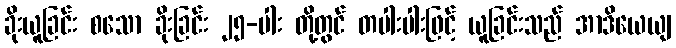
ခိုးယူခြင်း စသော ခိုးခြင်း ၂၅-ပါး တို့တွင် တပါးပါးဖြင့် ယူခြင်းသည် အာဒိယေယျ